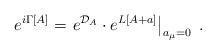
LaTeX: \begin{align*}e^{i\Gamma[A]} = \left. e^{{\cal D}_A} \cdot e^{L[A+a]} \right\vert_{a_{\mu}=0} \; .\end{align*}